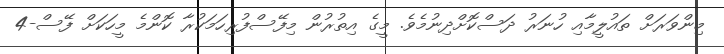
މިންވަރަށް ތައުލީމާއި ހުނަރު ދަސްކޮށްދިނުމެވެ. މީގެ އިތުރުން މިފޭސްފުރިހަމަކުރާ ކޮންމެ މީހަކަށް ފޭސް-4